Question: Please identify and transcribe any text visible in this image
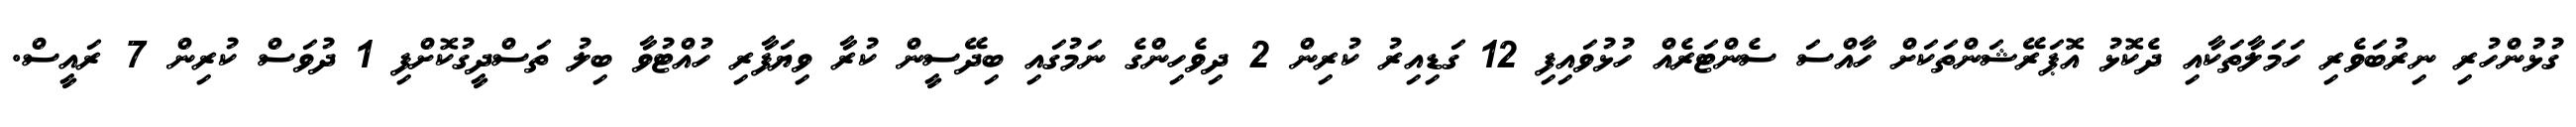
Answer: ގުޅުންހުރި ނިރުބަވެރި ހަމަލާތަކާއި ދެކޮޅު އޮޕަރޭޝަންތަކަށް ހާއްސަ ސެންޓަރެއް ހުޅުވައިފި 12 ގަޑިއިރު ކުރިން 2 ދިވެހިންގެ ނަމުގައި ބިދޭސީން ކުރާ ވިޔަފާރި ހުއްޓުވާ ބިލު ތަސްދީގުކޮށްފި 1 ދުވަސް ކުރިން 7 ރައީސް.